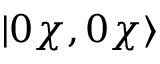
| 0 \chi , 0 \chi \rangle